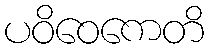
ပဝိဝေကေတိ